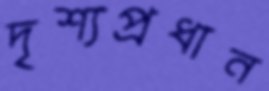
দৃশ্যপ্রধান